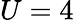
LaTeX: U=4